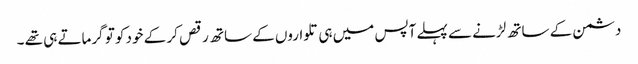
دشمن کے ساتھ لڑنے سے پہلے آپس میں ہی تلواروں کے ساتھ رقص کر کے خود کو تو گرماتے ہی تھے ۔